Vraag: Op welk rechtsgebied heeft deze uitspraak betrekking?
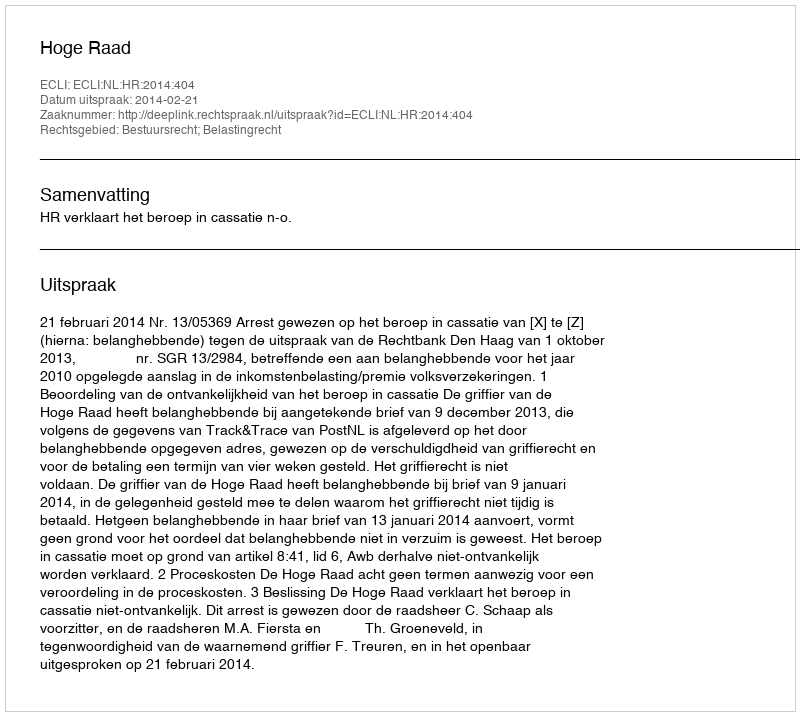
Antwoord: Bestuursrecht; Belastingrecht